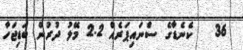
36   ކެނެޑާގެ ސްނައިޕަރެއް 2.2 މޭލު ދުރުން ބަޑިޖަހާ